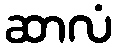
ဆာလံ